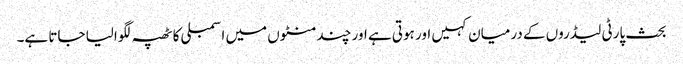
بحث پارٹی لیڈروں کے درمیان کہیں اور ہوتی ہے اور چند منٹوں میں اسمبلی کا ٹھپہ لگوالیا جاتا ہے۔